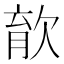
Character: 𣣎